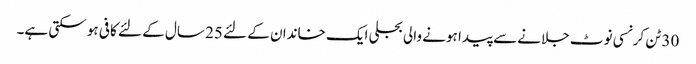
30 ٹن کرنسی نوٹ جلانے سے پیدا ہونے والی بجلی ایک خاندان کے لئے 25 سال کے لئے کافی ہو سکتی ہے۔